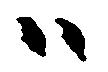
ハ